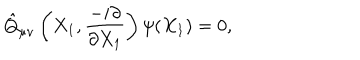
LaTeX: \hat { Q } _ { \mu \nu } \left( X _ { 1 } , \frac { - i \partial } { \partial X _ { 1 } } \right) \psi ( X _ { 1 } ) = 0 ,